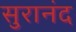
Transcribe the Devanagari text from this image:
सुरानंद